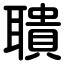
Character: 聵